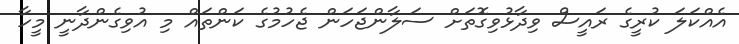
އެއްކަލަ ކުރީގެ ރައީސް ވިދާޅުވިގޮތަށް ސަލާންޖަހަން ޖެހުމުގެ ކަންތައް މި އުވިގެންދާނީ މީހާ